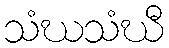
သံဃသံဃီ